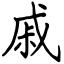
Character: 戚